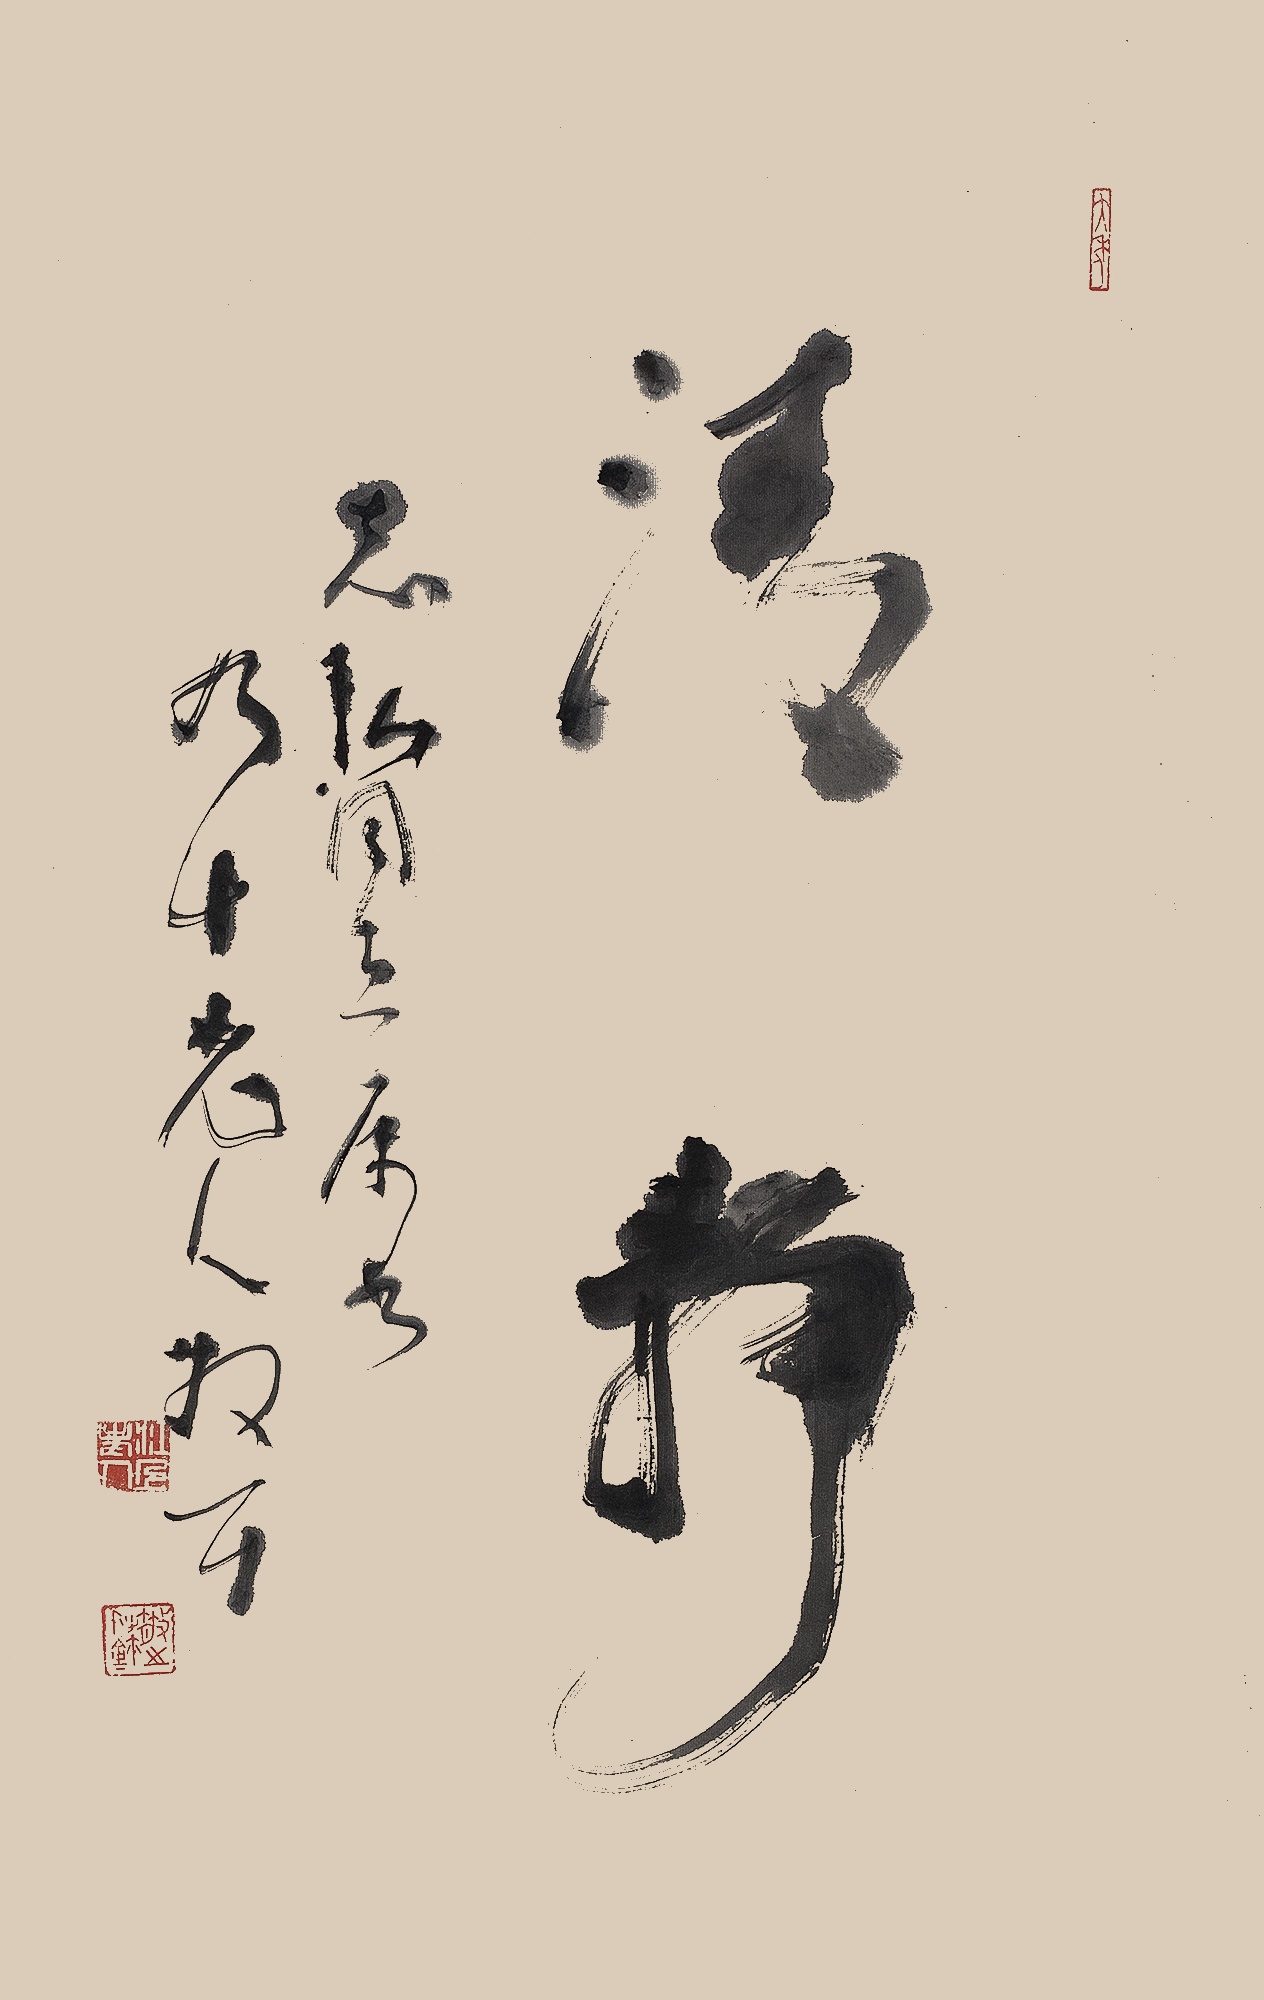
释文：清静志弘同志属书。九十老人散耳。